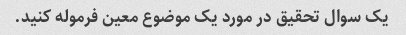
یک سوال تحقیق در مورد یک موضوع معین فرموله کنید.